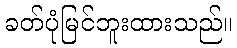
ခတ်ပုံမြင်ဘူးထားသည်။